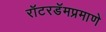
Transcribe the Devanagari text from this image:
रॉटरडॅमप्रमाणे